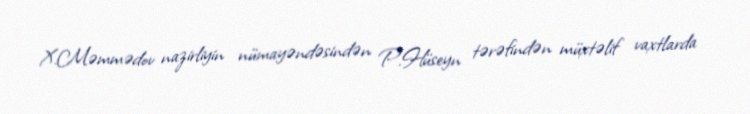
X.Məmmədov nazirliyin nümayəndəsindən P.Hüseyn tərəfindən müxtəlif vaxtlarda